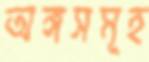
অঙ্গসমূহ